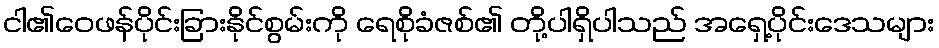
ငါ၏ဝေဖန်ပိုင်းခြားနိုင်စွမ်းကို ရေစိုခံဇစ်၏ တို့ပါရှိပါသည် အရှေ့ပိုင်းဒေသများ